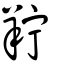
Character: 羜